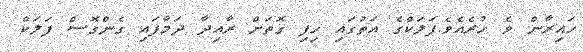
ހައިރާން ވެ ހުރެއެވެ.ފަލަކްގެ އަތުގައި ހިފި ގޮތަށް ރާއިދާ ދަމާފައި ގެންގޮސް ފަލަކް